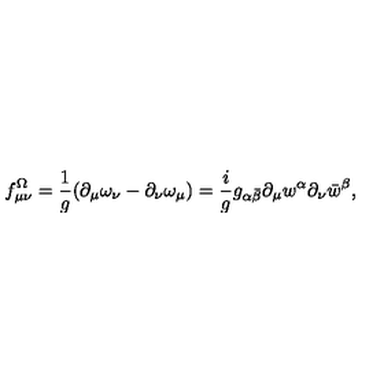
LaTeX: f _ { \mu \nu } ^ { \Omega } = { \frac { 1 } { g } } ( \partial _ { \mu } \omega _ { \nu } - \partial _ { \nu } \omega _ { \mu } ) = { \frac { i } { g } } g _ { \alpha \bar { \beta } } \partial _ { \mu } w ^ { \alpha } \partial _ { \nu } \bar { w } ^ { \beta } ,